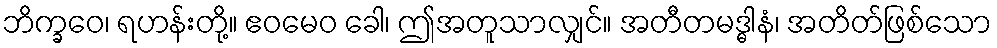
ဘိက္ခဝေ၊ ရဟန်းတို့။ ဧဝမေဝ ခေါ၊ ဤအတူသာလျှင်။ အတီတမဒ္ဓါနံ၊ အတိတ်ဖြစ်သော